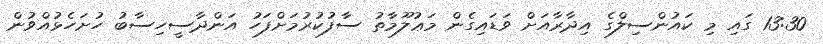
13:30 ގައި މި ކައުންސިލްގެ އިދާރާއަށް ވަޑައިގެން މަޢުލޫމާތު ސާފުކުރުމަށްފަހު އަންދާސީހިސާބު ހުށަހެޅުއްވުން